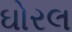
ઘોરલ